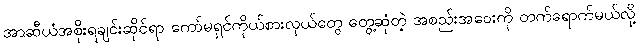
အာဆီယံအစိုးရချင်းဆိုင်ရာ ကော်မရှင်ကိုယ်စားလှယ်တွေ တွေ့ဆုံတဲ့ အစည်းအဝေးကို တက်ရောက်မယ်လို့